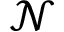
\mathcal { N }